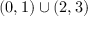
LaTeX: ( 0 , 1 ) \cup ( 2 , 3 )